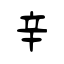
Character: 辛